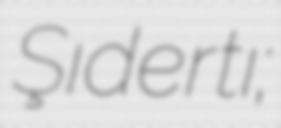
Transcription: Şıdertı;